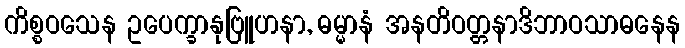
ကိစ္စဝသေန ဥပေက္ခာနုဗြူဟနာ, ဓမ္မာနံ အနတိဝတ္တနာဒိဘာဝသာဓနေန